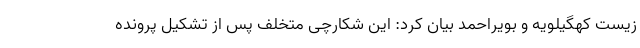
زیست کهگیلویه و بویراحمد بیان کرد: این شکارچی متخلف پس از تشکیل پرونده